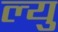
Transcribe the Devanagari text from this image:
ल्यु